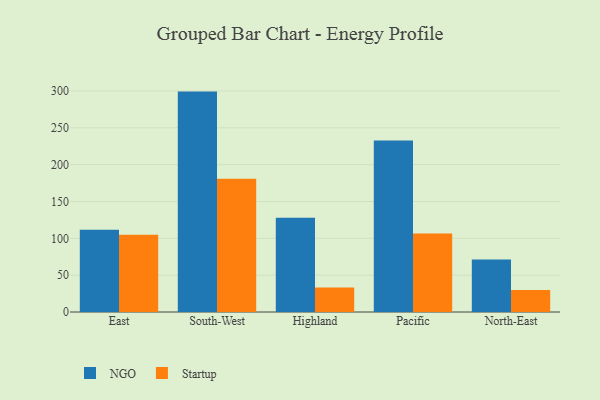
{"axis": {"x": "Region", "y": "Revenue (USD Million)"}, "legend": ["NGO", "Startup"], "data": [{"x": "East", "y": 111.5, "type": "NGO"}, {"x": "East", "y": 104.7, "type": "Startup"}, {"x": "South-West", "y": 299.1, "type": "NGO"}, {"x": "South-West", "y": 180.8, "type": "Startup"}, {"x": "Highland", "y": 128.0, "type": "NGO"}, {"x": "Highland", "y": 33.1, "type": "Startup"}, {"x": "Pacific", "y": 232.8, "type": "NGO"}, {"x": "Pacific", "y": 106.5, "type": "Startup"}, {"x": "North-East", "y": 71.4, "type": "NGO"}, {"x": "North-East", "y": 29.9, "type": "Startup"}]}